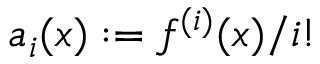
a _ { i } ( x ) : = f ^ { ( i ) } ( x ) / i !